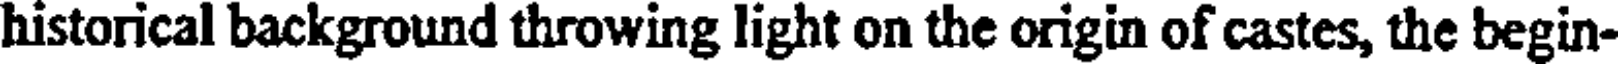
historical background throwing light on the origin of castes, the begin-